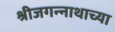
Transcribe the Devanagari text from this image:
श्रीजगन्नाथाच्या